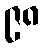
၉၈